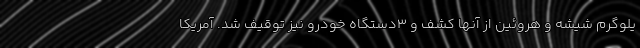
یلوگرم شیشه و هروئین از آنها کشف و ۳دستگاه خودرو نیز توقیف شد. آمریکا